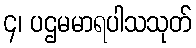
၄၊ ပဌမမာရပါသသုတ်